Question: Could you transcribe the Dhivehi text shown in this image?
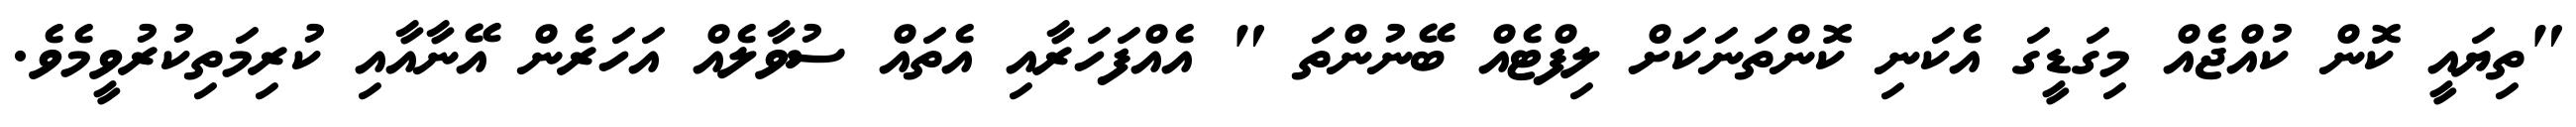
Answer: "ތިޔައީ ކޮން ކުއްޖެއް މިގަޑީގަ އެކަނި ކޮންތަނަކަށް ލިފްޓެއް ބޭނުންތަ " އެއްފަހަރާއި އެތައް ސުވާލެއް އަހަރެން އޭނާއާއި ކުރިމަތިކުރުވީމެވެ.